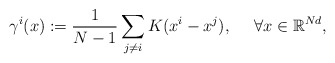
\begin{align*}\gamma^i(x):=\frac1{N-1}\sum_{j\neq i}K(x^i-x^j),~~~~\forall x\in\mathbb R^{Nd},\end{align*}